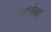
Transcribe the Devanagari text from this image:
कामेक्षा